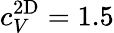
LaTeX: c_{V}^{\mathrm{2D}}=1.5